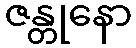
ဇန္တုနော